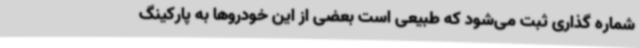
شماره گذاری ثبت می‌شود که طبیعی است بعضی از این خودروها به پارکینگ